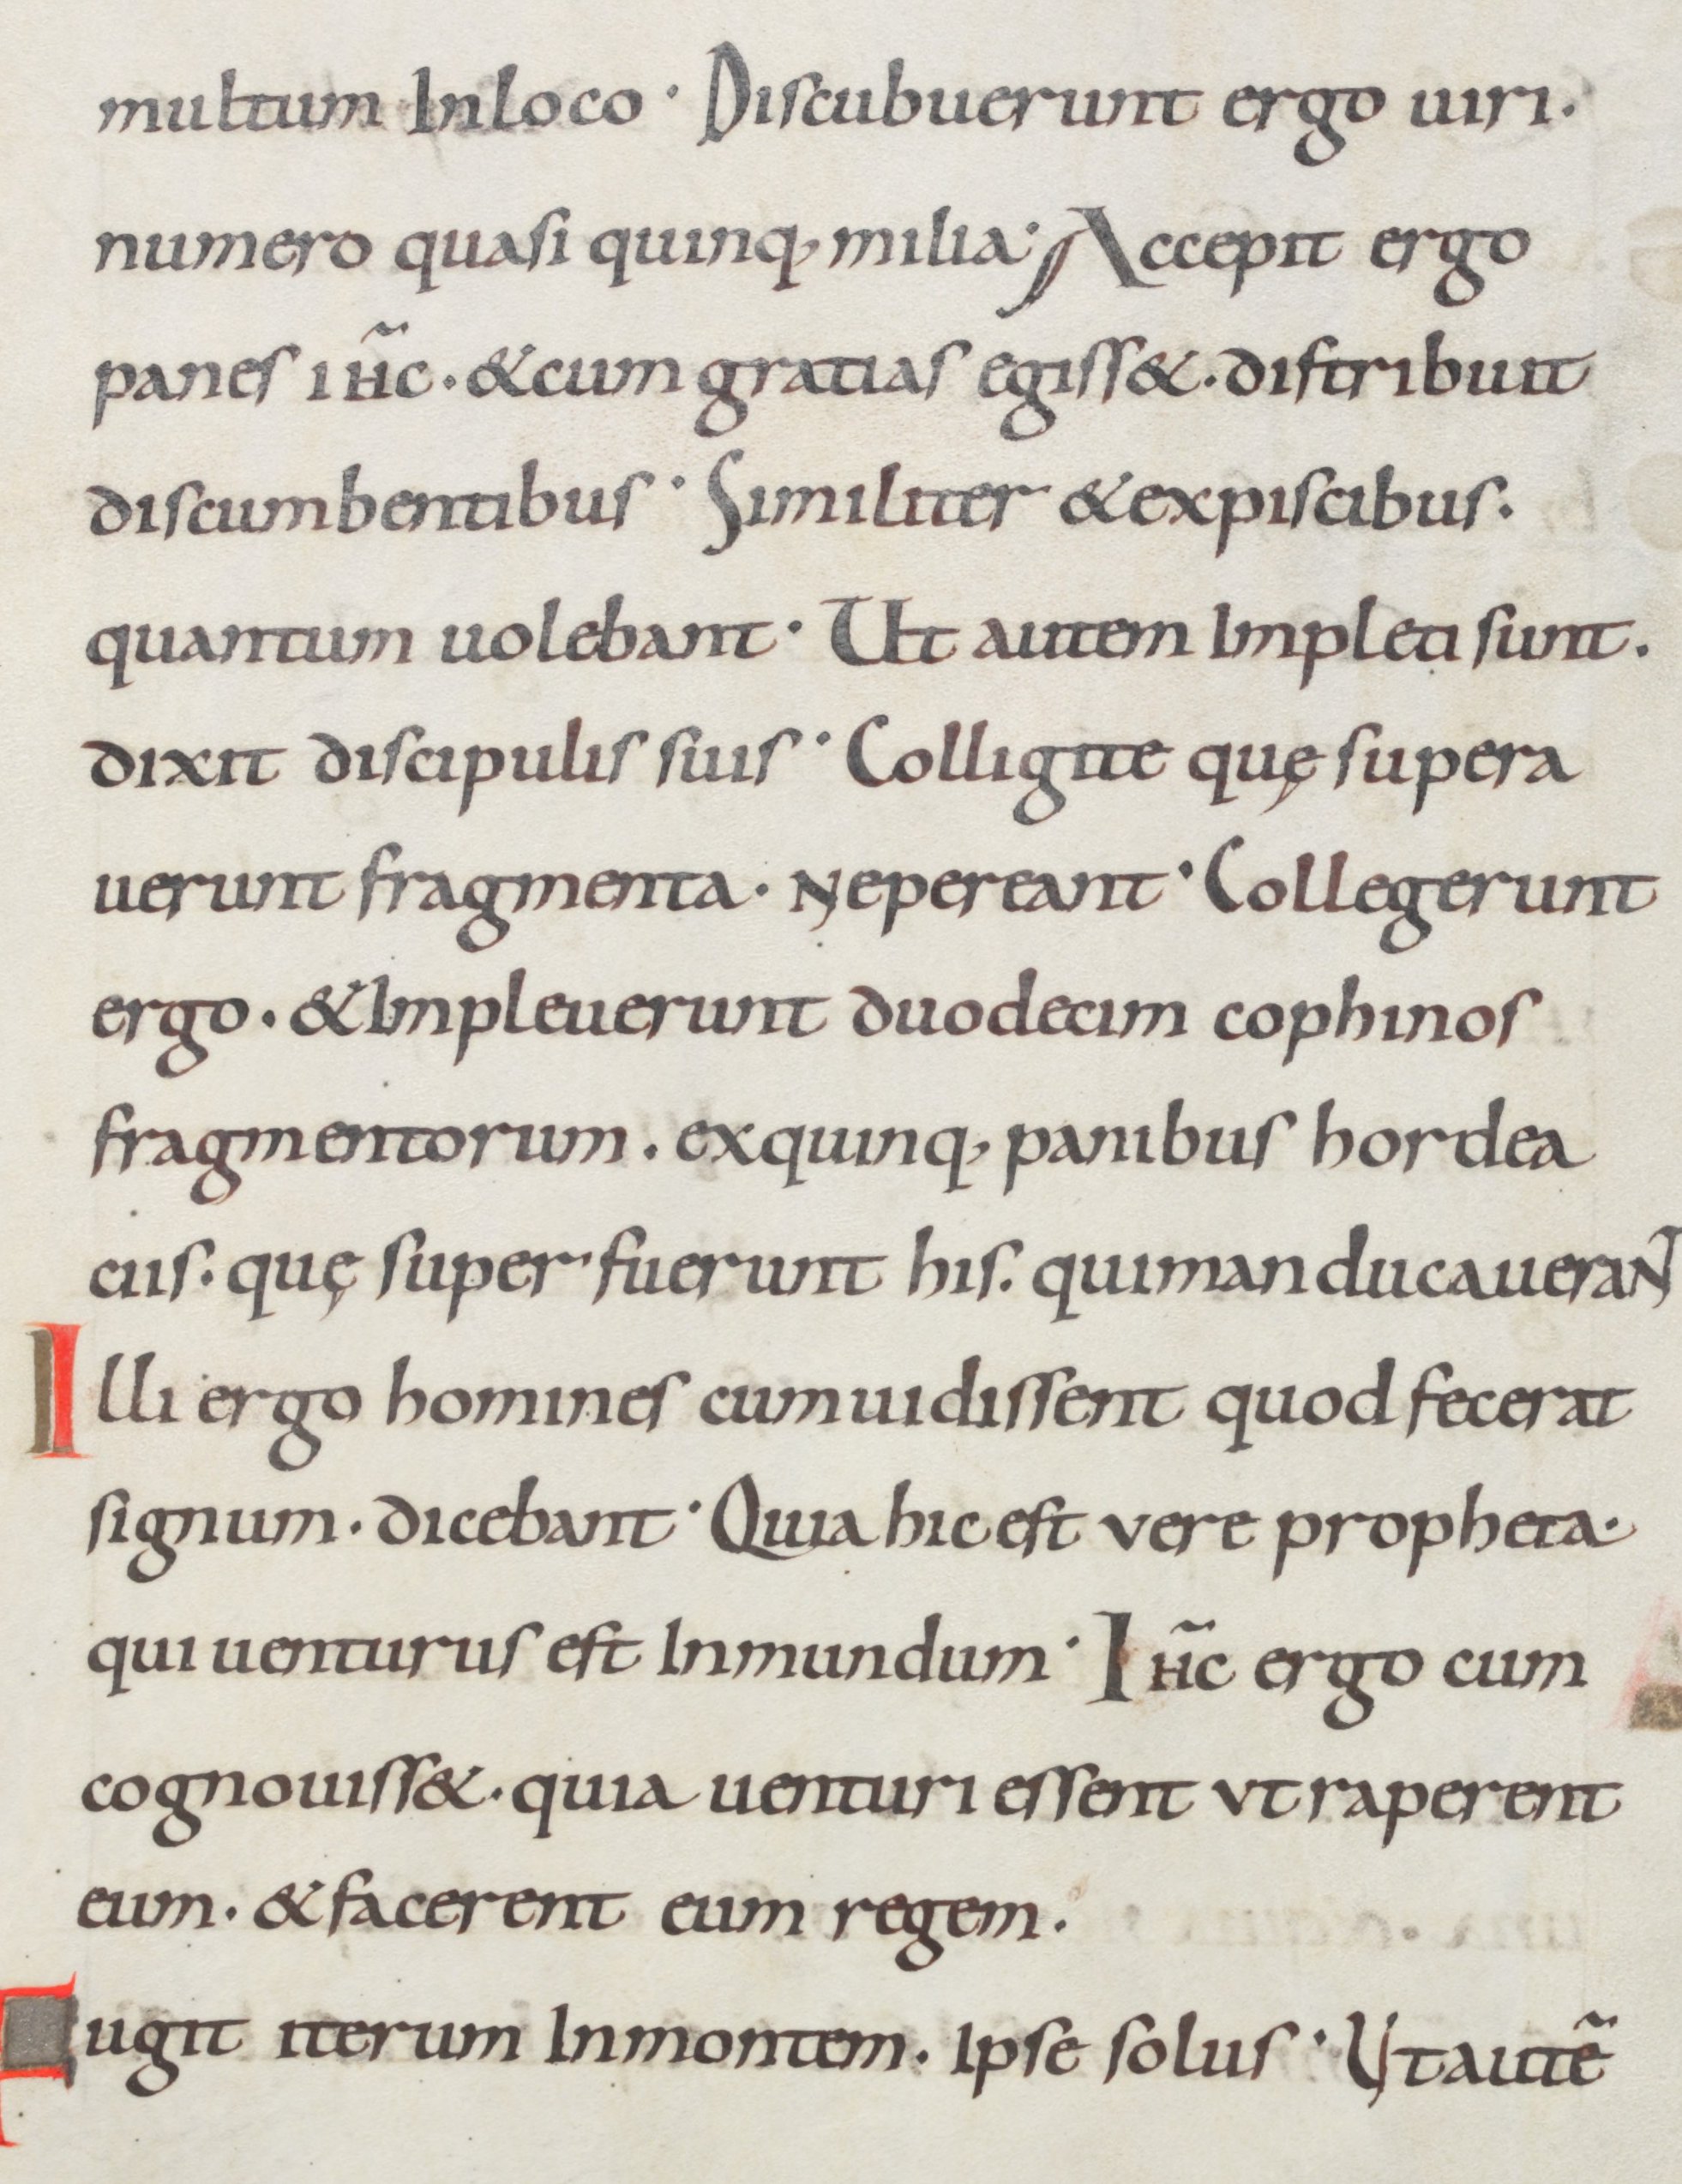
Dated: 875–899